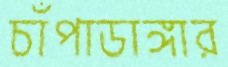
চাঁপাডাঙ্গার